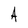
Character: A